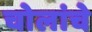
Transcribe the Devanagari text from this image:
चोलांचे